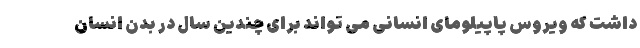
داشت که ویروس پاپیلومای انسانی می تواند برای چندین سال در بدن انسان